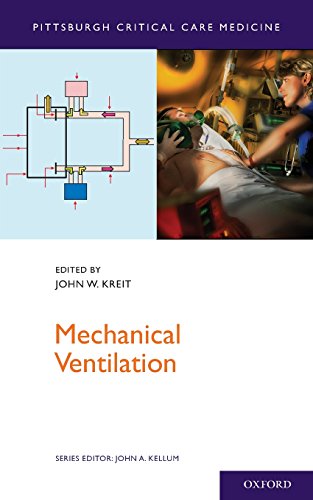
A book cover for Mechanical Ventilation (Pittsburgh Critical Care Medicine); John W. Kreit; Medical Books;